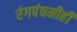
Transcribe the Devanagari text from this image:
रंगपंचमीही